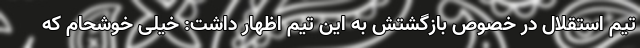
تیم استقلال در خصوص بازگشتش به این تیم اظهار داشت: خیلی خوشحام که